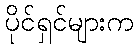
ပိုင်ရှင်များက